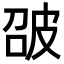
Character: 𤿘